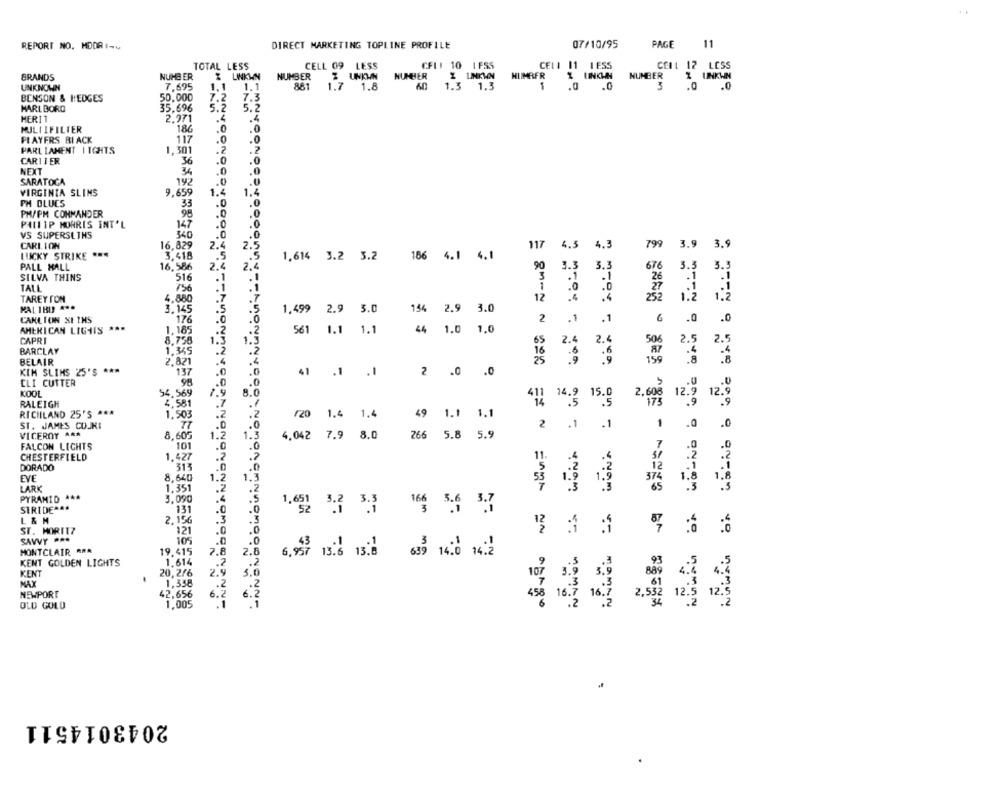
REPORT NO. HODRI-4
DIRECT MARKETING TOPLINE PROFILE
07/10/95
PAGE
11
TOTAL LESS
CELL 09 LESS
CFL: 10 LFSS
CELA 11 1ESS
CELL 12 LESS
BRANDS
NUMBER
₹ UNKMM
NUMBER
Z UNKWN
NUMBER
Z LINKWN
HLIMRFR
NUMBER
Z UNKWN
UNKNOWN
7.695
1.1
1.1
881
1.7
1.8
1.3 1.3
1
.0 .0
3
.0
.0
BENSON & HEDGES
50,000
7.2
7.3
MARLBORO
35.696
5.2
5.2
HER11
2.971
.4
.4
MULTIFILTER
.0
.0
186
PLAYERS BI ACK
117
.0
.0
PARL LAHENT | IGHTS
1,301
.2
.2
CARTIER
36
.0
.0
NEXT
34
.0
.0
SARATOCA
192
.0
VIRGINIA SLIMS
9.659
1.4
1.4
PH DLUCS
33
.0
.0
PH/PM COMMANDER
98
.0
.0
PHILIP MORRIS INT'L
147
.0
VS SUPERSLINS
340
.0
CARIION
16.829
2.5
117
4.5
4.3
799
3.9
3.9
2.4
LUCKY STRIKE ***
3.418
.. 5
1,614 3.2 3.2
186 4.1
4.1
PALL MALL
16.586
2.4
2.4
90
3.3
3.3
676
3.3
SILVA THINS
516
.1
.1
TALL
756
.1
.1
TAREY CON
4.880
12
:4
KAL 181 ***
3,145
1.499
3.0
154
2.9
2.9 3.0
2.9
3.0
6
CARLTON SE THS
176
no
2
.1
.1
.0
.0
AMERICAN LIGHIS ***
1,185
561 1.1 1.1
44
1.0
1.0
CAPRI
8,756
1.3
2.4
2.4
1.3
65
506
2.5
2.5
BARCLAY
1,345
2
.2
BELAIR
2.821
KIM SLIMS 25'S ***
137
.0
98
41 .1 .1
2 .0 .0
CLI CUTTER
KOOL
54,569
7.9
8.0
12.9 12.9
RALEIGH
4,581
14.9 15.0
2.608
RICHLAND 25'S ***
1.503
/20 1.4 1.4
49 1.1 1.1
ST. JAMES COJKI
77
2 .1 .1
.0
VICEROY ARA
8.605
1.2
4,042 7.9 8.0
5.9
1.3
266 5.8 5
FALCON LIGHTS
101
.0
CHESTERFIELD
1.427
.2
.?
DORADO
313
EVE
8,640
1.2
1.3
LARK
1,351
PYRAMID ***
3.090
STRIDERA.
131
1.651 3:3 3.3
16 5.6 3.7
L & M
2,156
ST. MORITZ
121
.0
SAVVY ***
10
.0
MONTCLAIR AAA
19,415
7.8
2.8
KENT GOLDEN LIGHTS
1.614
.2
6.27 131 15.8 63 14.0 14.2
.2
KENT
20,216
3.0
MAX
1,338
NEWPORT
42,656
6.2
6.5
OLD GOLD
1,005
144444
2043014511